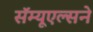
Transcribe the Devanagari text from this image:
सॅम्यूएल्सने